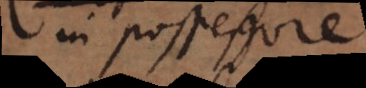
in possessore.